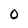
Character: 0